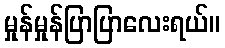
မှုန်မှုန်ပြာပြာလေးရယ်။